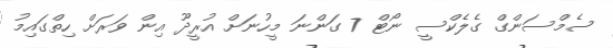
ސެމްސަންގް ގެލެކްސީ ނޯޓް 7 ގަންނަ މީހުނަށް އުރީދޫ އިން ވަރަށް ހިތްގައިމު